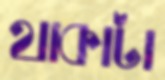
থাকাটা